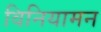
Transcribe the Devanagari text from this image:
विनियामन